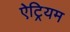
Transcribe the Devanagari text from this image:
ऐट्रियम